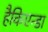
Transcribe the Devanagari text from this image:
हैकिएन्डा